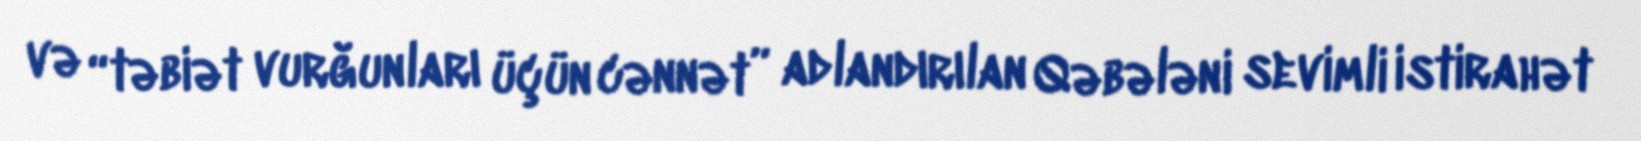
və “təbiət vurğunları üçün cənnət” adlandırılan Qəbələni sevimli istirahət